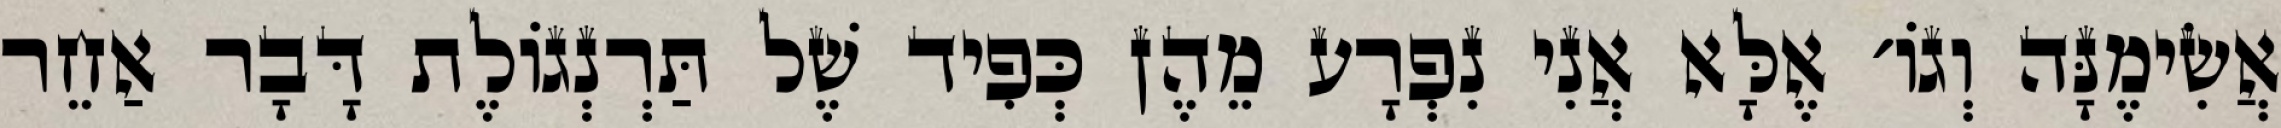
אֲשִׂימֶנָּה וְגוֹ׳ אֶלָּא אֲנִי נִפְרָע מֵהֶן כְּפִיד שֶׁל תַּרְנְגוֹלֶת דָּבָר אַחֵר